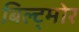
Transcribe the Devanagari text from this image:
बिल्ट्मोर